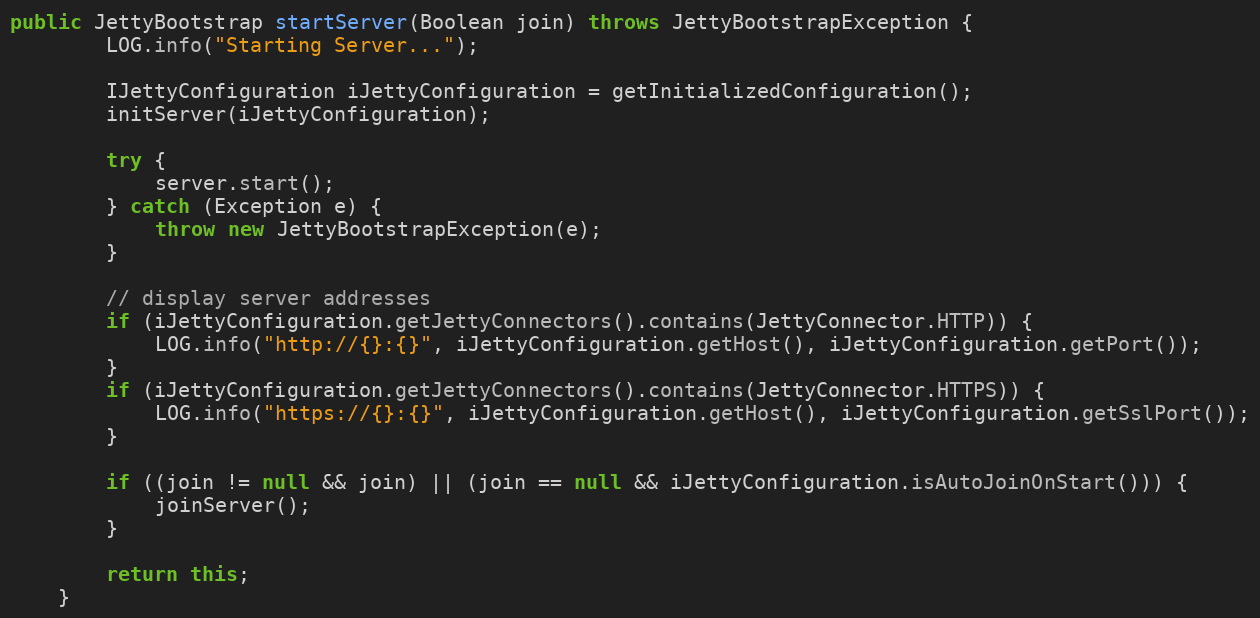
Language: Java
public JettyBootstrap startServer(Boolean join) throws JettyBootstrapException {
        LOG.info("Starting Server...");

        IJettyConfiguration iJettyConfiguration = getInitializedConfiguration();
        initServer(iJettyConfiguration);

        try {
            server.start();
        } catch (Exception e) {
            throw new JettyBootstrapException(e);
        }

        // display server addresses
        if (iJettyConfiguration.getJettyConnectors().contains(JettyConnector.HTTP)) {
            LOG.info("http://{}:{}", iJettyConfiguration.getHost(), iJettyConfiguration.getPort());
        }
        if (iJettyConfiguration.getJettyConnectors().contains(JettyConnector.HTTPS)) {
            LOG.info("https://{}:{}", iJettyConfiguration.getHost(), iJettyConfiguration.getSslPort());
        }

        if ((join != null && join) || (join == null && iJettyConfiguration.isAutoJoinOnStart())) {
            joinServer();
        }

        return this;
    }